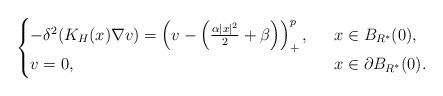
LaTeX: \begin{align*}\begin{cases}-\delta^2(K_H(x)\nabla v)= \left( v-\left( \frac{\alpha|x|^2}{2}+\beta\right) \right)^{p}_+,\ \ &x\in B_{R^*}(0),\\v=0,\ \ &x\in\partial B_{R^*}(0).\end{cases}\end{align*}